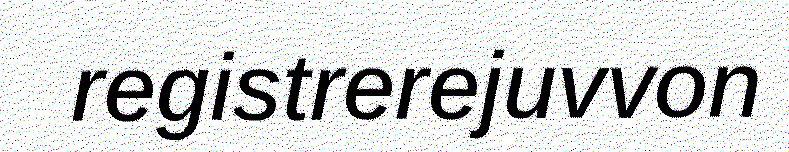
registrerejuvvon